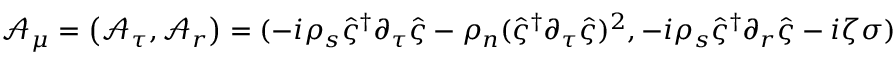
\boldsymbol { \mathcal { A } _ { \mu } } = \left( \mathcal { A } _ { \tau } , \boldsymbol { \mathcal { A } _ { r } } \right) = ( - i \rho _ { s } \hat { \varsigma } ^ { \dagger } \partial _ { \tau } \hat { \varsigma } - \rho _ { n } ( \hat { \varsigma } ^ { \dagger } \partial _ { \tau } \hat { \varsigma } ) ^ { 2 } , - i \rho _ { s } \hat { \varsigma } ^ { \dagger } \partial _ { \boldsymbol { r } } \hat { \varsigma } - i \zeta \boldsymbol { \sigma } )